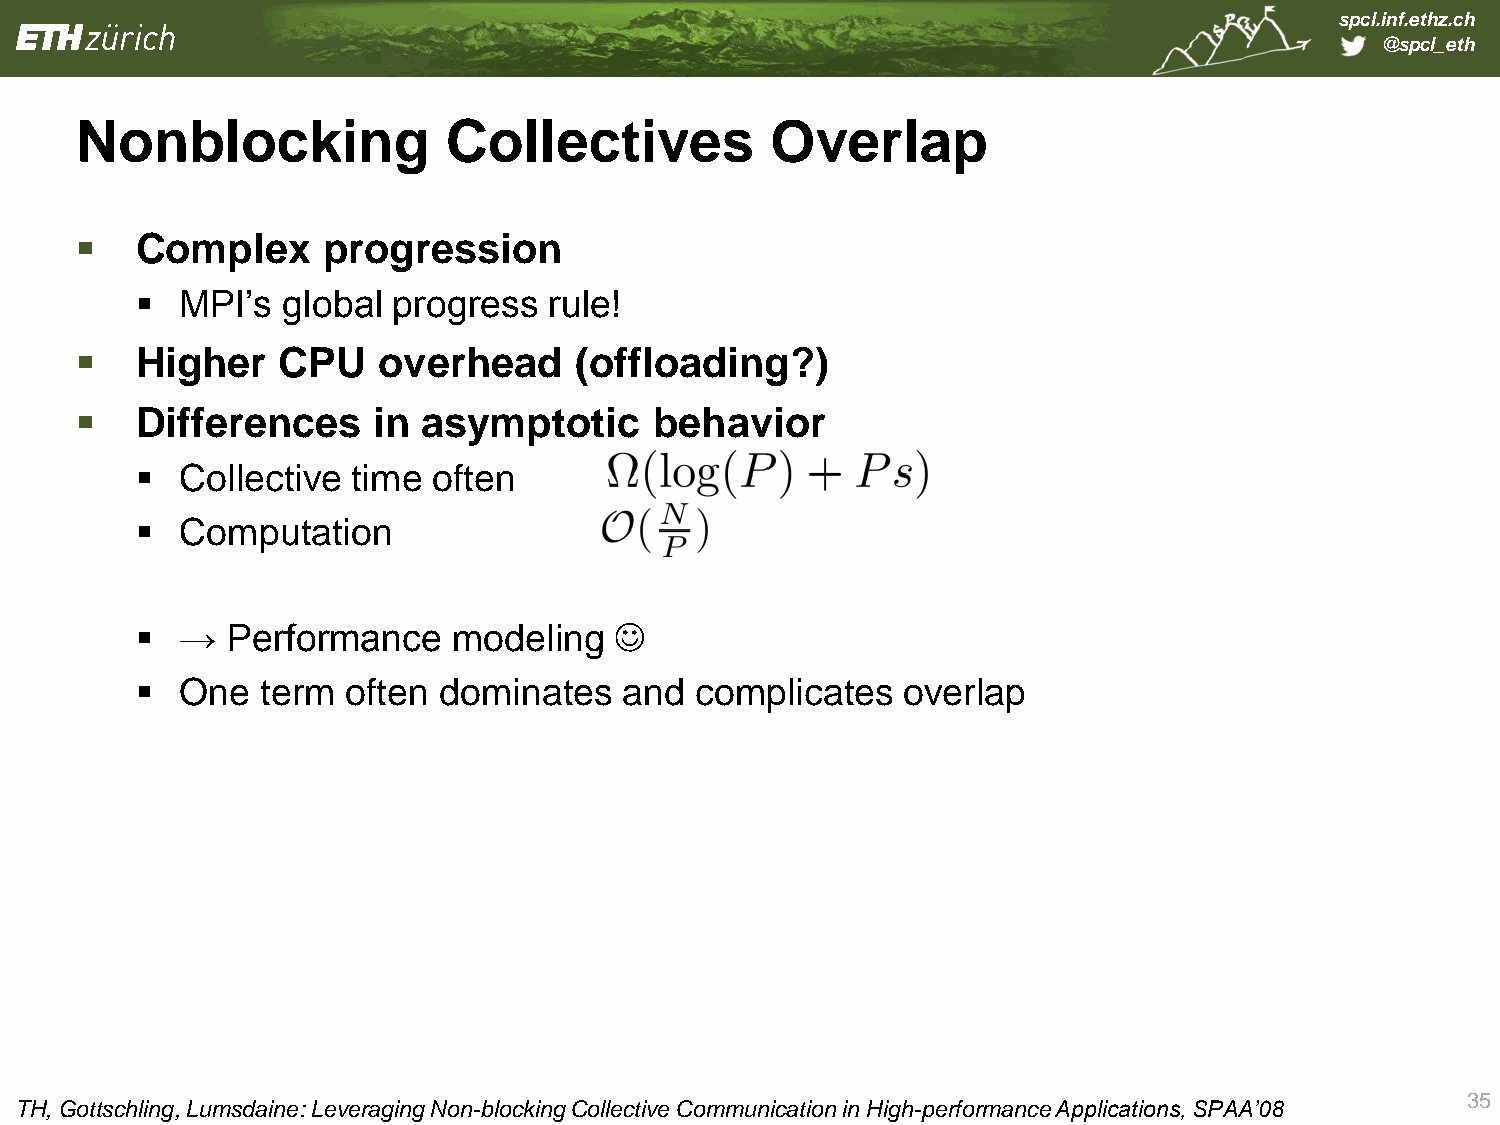
spcl.inf.ethz.ch
 @spcl_eth
 Nonblocking              Collectives          Overlap
    Complex     progression
   MPI’s  global progress  rule!
    Higher   CPU    overhead     (offloading?)
    Differences     in asymptotic     behavior
   Collective time  often
   Computation
   →  Performance    modeling   
   One  term  often dominates   and  complicates   overlap
 35
 TH, Gottschling, Lumsdaine: Leveraging Non-blocking Collective Communication in High-performance Applications, SPAA’08